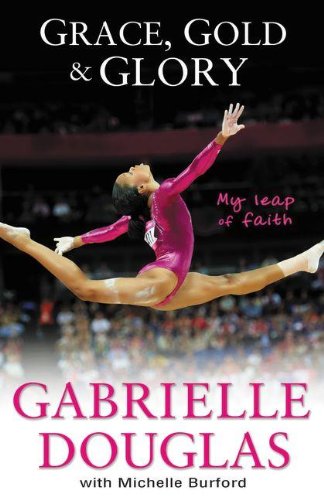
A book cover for Grace, Gold, and Glory My Leap of Faith; Gabrielle Douglas; Sports & Outdoors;